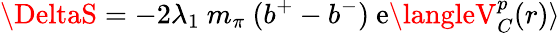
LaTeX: \DeltaS=-2\lambda_{1}\ m_{\pi}\ (b^{+}-b^{-})\ \mathrm{e}\langleV_{C}^{p}(r)\rangle